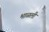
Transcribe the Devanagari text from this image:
भाळली